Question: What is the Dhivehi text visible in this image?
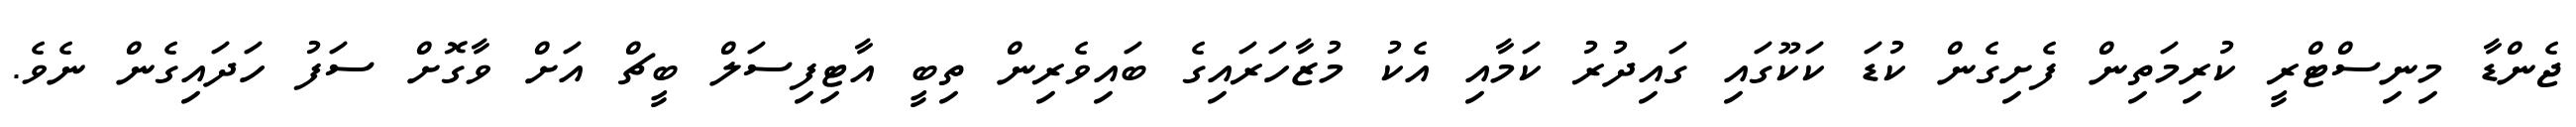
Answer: ޖެންޑާ މިނިސްޓްރީ ކުރިމަތިން ފެށިގެން ކުޑަ ކަކޫގައި ގައިދުރު ކަމާއި އެކު މުޒާހަރައިގެ ބައިވެރިން ތިބީ އާޓިފިސަލް ބީޗް އަށް ވާގޮށް ސަފު ހަދައިގެން ނެވެ.